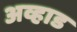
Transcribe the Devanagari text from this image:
अव्हाड